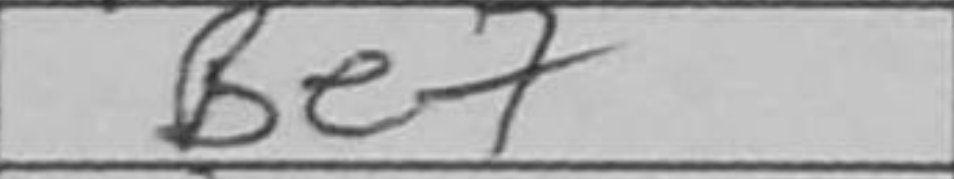
Transcription: Be7